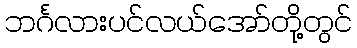
ဘင်္ဂလားပင်လယ်အော်တို့တွင်